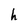
Character: h